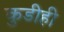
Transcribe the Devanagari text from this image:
कुडीही